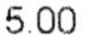
5.00